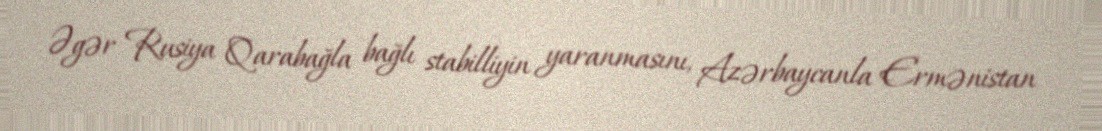
Əgər Rusiya Qarabağla bağlı stabilliyin yaranmasını, Azərbaycanla Ermənistan